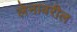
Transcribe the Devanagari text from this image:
लेनावरील